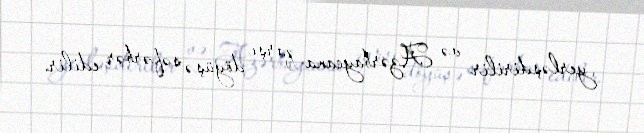
yerləşdirilir və Azərbaycana qarşı döyüşə səfərbər edilir.